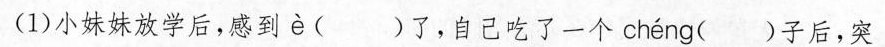
(1)小妹妹放学后，感到e()了，自己吃了一个 cheng ()子后，突